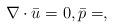
LaTeX: \begin{align*}\nabla \cdot \bar{u}=0,\bar{p}=,\end{align*}